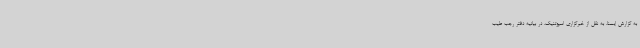
به گزارش ایسنا، به نقل از خبرگزاری اسپوتنیک، در بیانیه دفتر رجب طیب